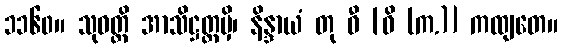
၁၁၆၀။ သုဝတ္ထိ အာသိဋ္ဌတ္ထမှိ၊ နိန္ဒာယံ တု ဓီ [ဓိ (က.)] ကထျတေ။